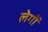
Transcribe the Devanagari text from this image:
लेगों